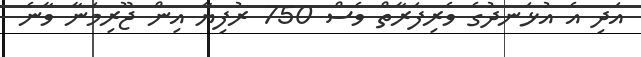
އަދި އެ އުޅަނދުގެ ވެރިފަރާތް ވެސް 750 ރުފިޔާ އިން ޖޫރިމަނާ ވާނެ